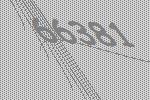
66381